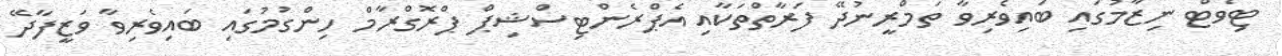
ޓިވެޓް ނިޒާމުގައި ބައިވެރިވާ ތަމްރީނުދޭ ފަރާތްތަކާއި އެޕްރެންޓިސްޝިޕް ޕްރޮގްރާމް ހިންގުމުގައި ބައިވެރިވާ ވަޒީފާދޭ